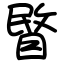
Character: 睯